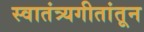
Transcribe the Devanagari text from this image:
स्वातंत्र्यगीतांतून